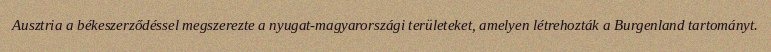
Ausztria a békeszerződéssel megszerezte a nyugat-magyarországi területeket, amelyen létrehozták a Burgenland tartományt.